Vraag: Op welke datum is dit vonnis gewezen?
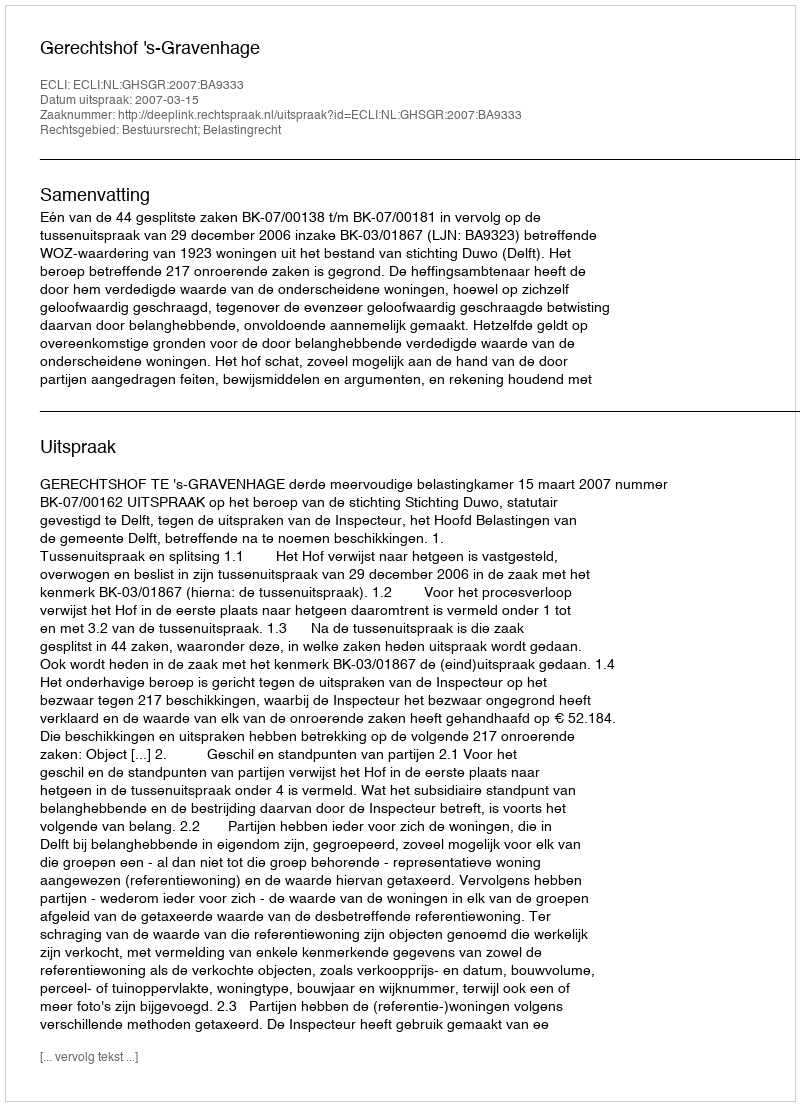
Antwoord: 2007-03-15